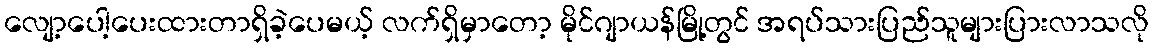
လျော့ပေါ့ပေးထားတာရှိခဲ့ပေမယ့် လက်ရှိမှာတော့ မိုင်ဂျာယန်မြို့တွင် အရပ်သားပြည်သူများပြားလာသလို